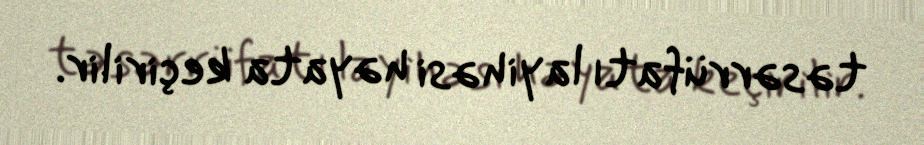
təsərrüfatı layihəsi həyata keçirilir.